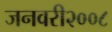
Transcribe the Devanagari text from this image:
जनवरी२००८